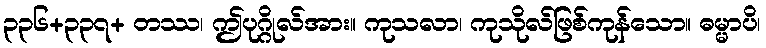
၃၃၆+၃၃၇+ တဿ၊ ဤပုဂ္ဂိုလ်အား။ ကုသလာ၊ ကုသိုလ်ဖြစ်ကုန်သော။ ဓမ္မာပိ၊